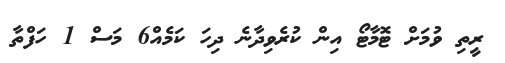
ރީތި ވުމަށް ޓޮމާޓޯ އިން ކުރެވިދާނެ ދިހަ ކަމެއް6 މަސް 1 ހަފްތާ